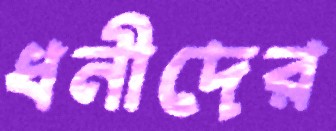
ধনীদের